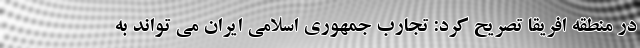
در منطقه افریقا تصریح کرد: تجارب جمهوری اسلامی ایران می تواند به